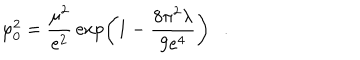
LaTeX: \varphi _ { 0 } ^ { 2 } = { \frac { \mu ^ { 2 } } { e ^ { 2 } } } \exp \left( 1 - { \frac { 8 \pi ^ { 2 } \lambda } { 9 e ^ { 4 } } } \right) .